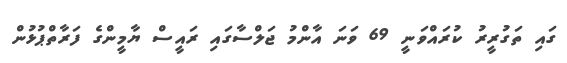
ގައި ތަގުރީރު ކުރައްވަނީ 69 ވަނަ އާންމު ޖަލްސާގައި ރައީސް ޔާމީންގެ ފަރާތްޕުޅުން